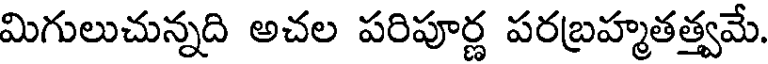
మిగులుచున్నది అచల పరిపూర్ణ పరబ్రహ్మతత్త్వమే.